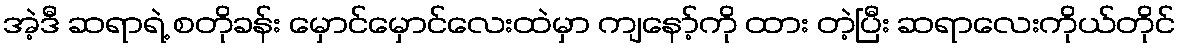
အဲ့ဒီ ဆရာရဲ့ စတိုခန်း မှောင်မှောင်လေးထဲမှာ ကျနော့်ကို ထား တဲ့ပြီး ဆရာလေးကိုယ်တိုင်